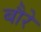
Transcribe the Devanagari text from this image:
बौरे